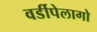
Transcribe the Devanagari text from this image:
वर्डीपेलागो